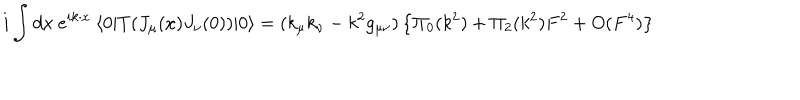
LaTeX: i \int d x ~ e ^ { i k \cdot x } ~ \langle 0 | T ( J _ { \mu } ( x ) J _ { \nu } ( 0 ) ) | 0 \rangle = ( k _ { \mu } k _ { \nu } - k ^ { 2 } g _ { \mu \nu } ) \left\{ \Pi _ { 0 } ( k ^ { 2 } ) + \Pi _ { 2 } ( k ^ { 2 } ) F ^ { 2 } + O ( F ^ { 4 } ) \right\}